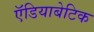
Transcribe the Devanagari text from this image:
ऍडियाबेटिक